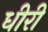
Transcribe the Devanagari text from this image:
धीरी